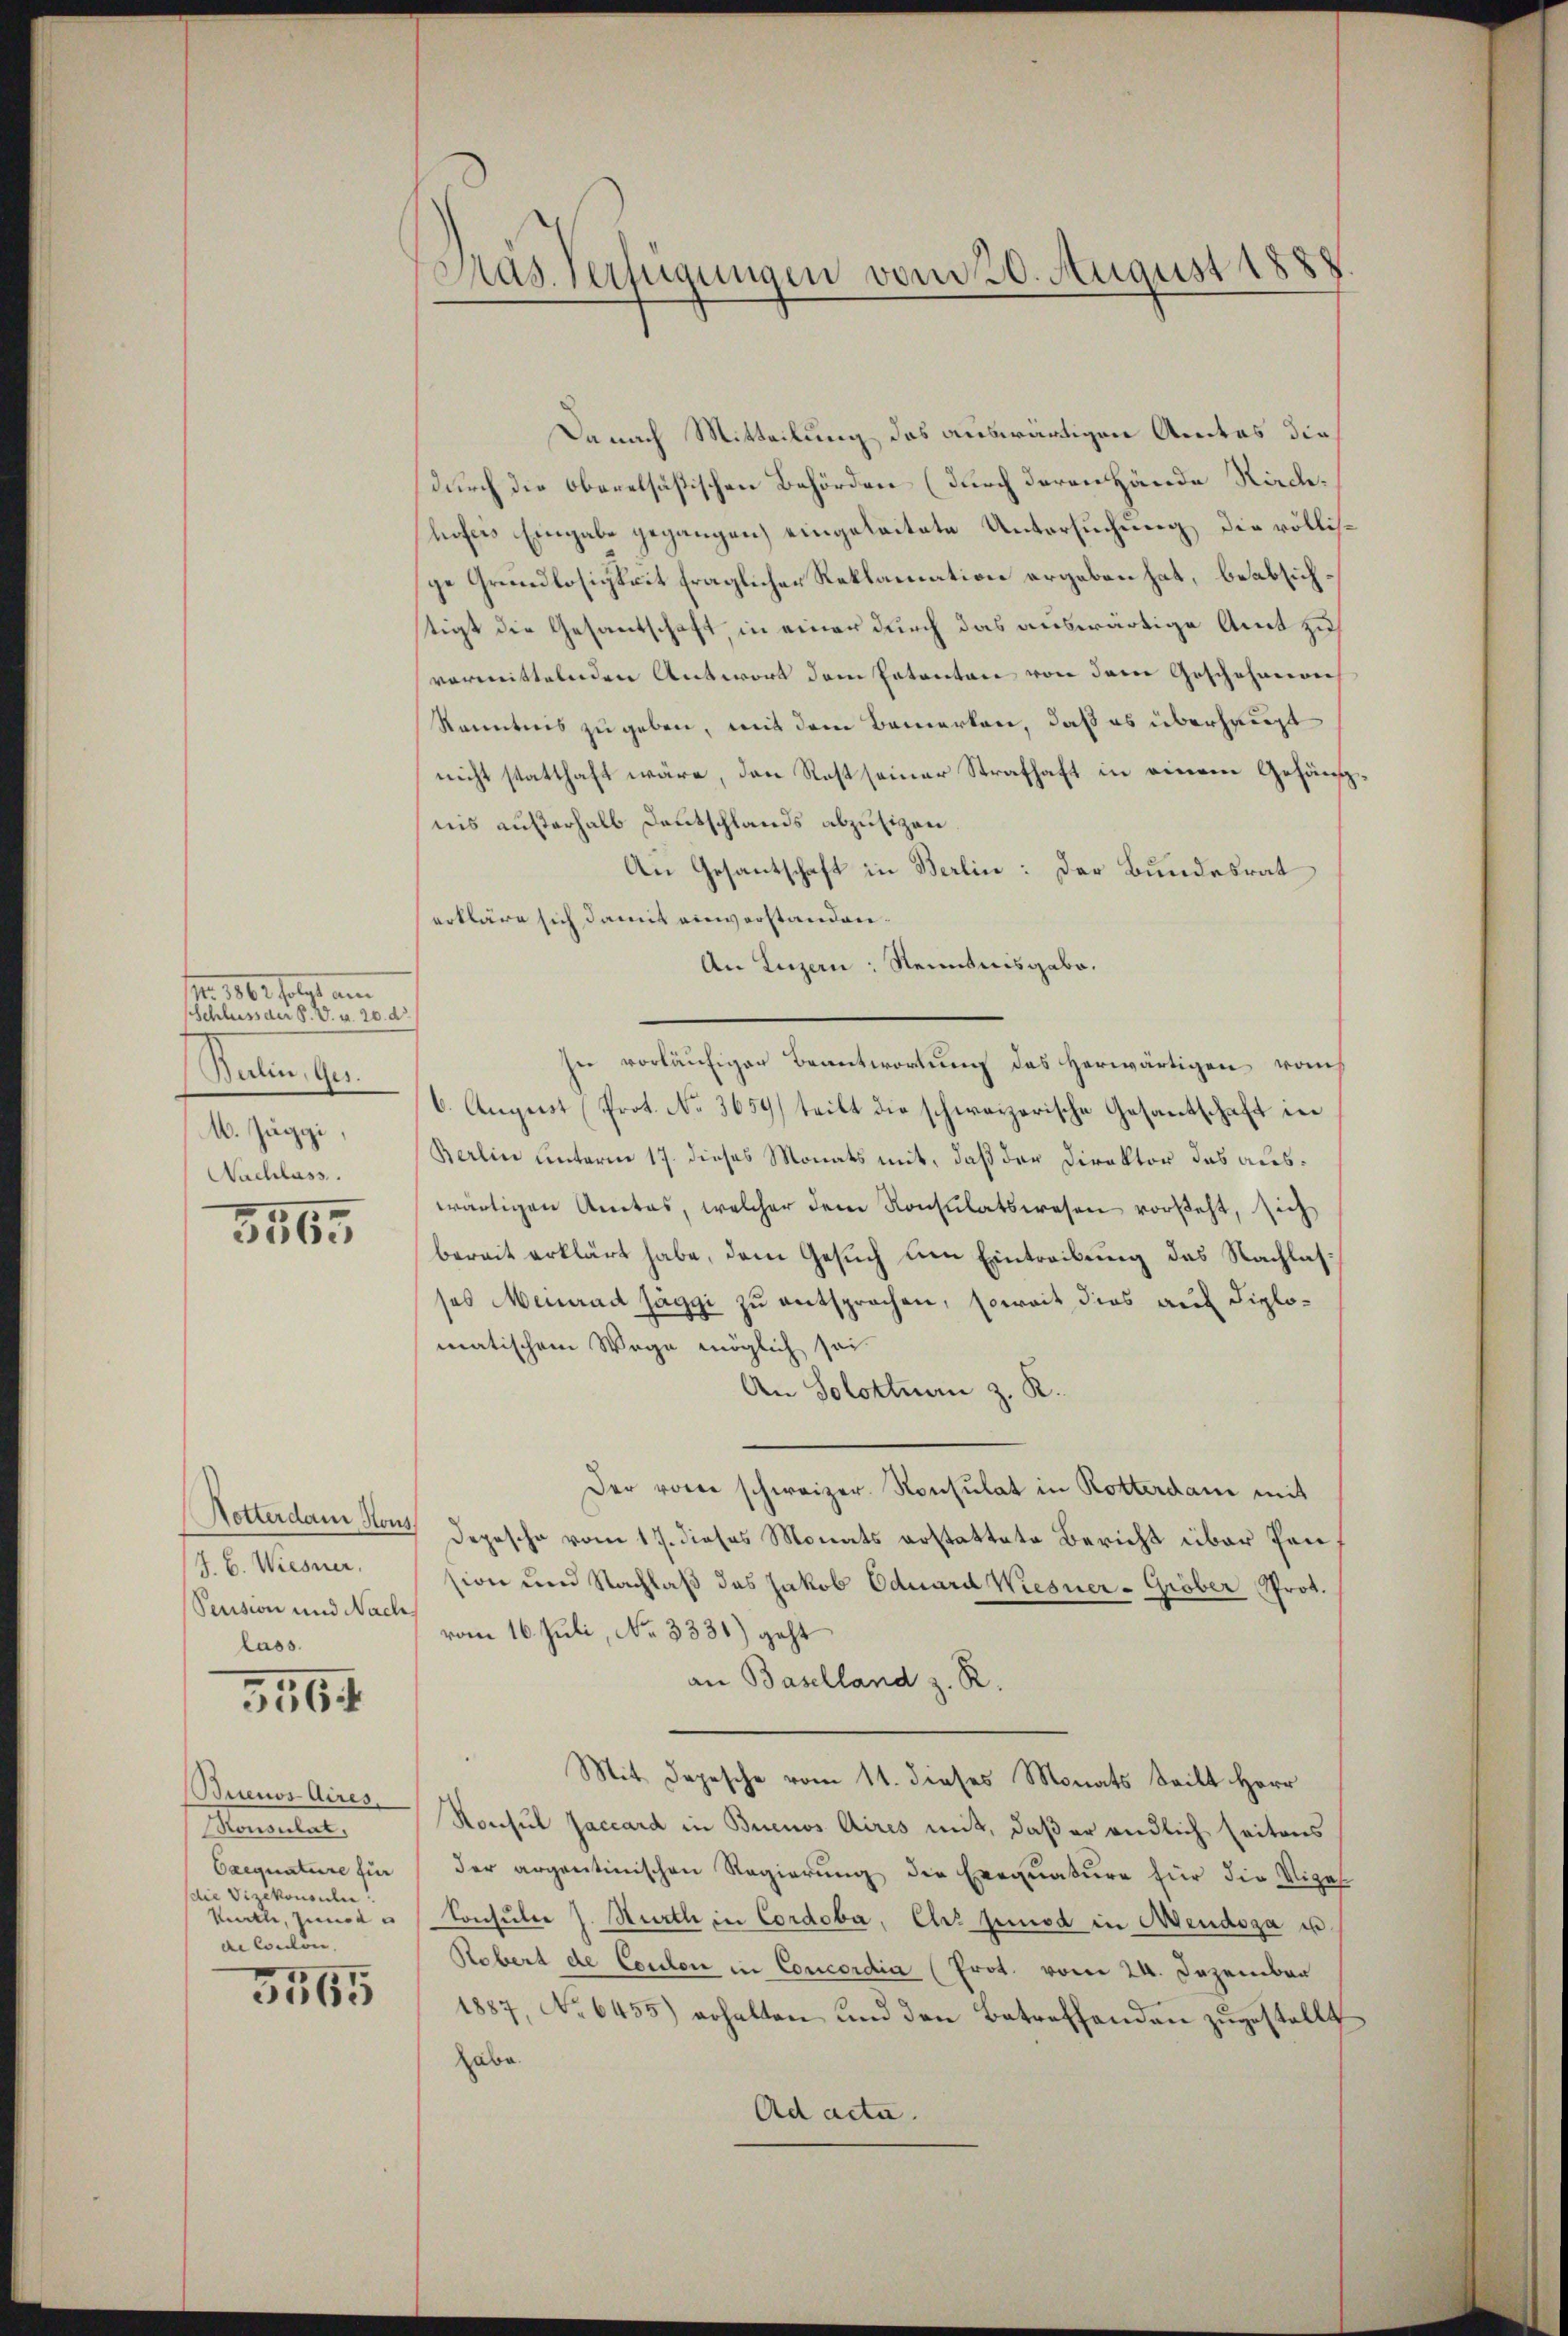
.

Balin. Ges.
M. Jäggi,
Nachlass.
5565

Notterdam Hous
J. C. Wiesner.
Pension und Nach
lass.

5564

Buenos Aires
Museuler,
Caequataire für
die Vizekonsulen!
Knolle, zum
di Condon.

3565

Pras. Verfügungen vom 20. August 1888

Danach Mitteilung des auswärtigen Amtes die
durch die Oberelsästischen Behörden (durch deren Hände Riedhofers Eingabe gegangen) eingeleitete Untersuchung die völlisge Grundlosigkeit fraglicher Reklamation ergeben hat, beabsichtigt die Gesantschaft, in einer durch das auswärtige Amt zu
vermittelnden Antwort dem Patenten von dem Geschehenen
kanntnis zu geben, mit dem Bemerken, daß es überhaupt
nicht statthaft wäre, den Rost seiner Strafhaft in einem Gefängnis austerhalb Deutschlands abzusizen.
An Gesantschaft in Berlin: Der Bundesrat
erkläre sich damit einverstanden¬
An Luzern: Renntnisgabe.
In vorläufigen Beantwortung des Herwärtigen vom
6. August (Prot. No. 3659) teilt die schweizerische Gesantschaft in
Berlin unterm 17. dieses Monats mit, daß der Direktor das auswärtigen Amtes, welcher dem Konsulatswesen vorsteht, sich
bereit erklärt habe, dem Gesuch um Eintreibung des Nachlasses Meinrad Jäggi zu entsprochen, soweit dies auf Fiplomatischem Wege möglich sei.
An Solothurn z. R.
Der vorer schweizer. Konsulat in Rotterdame mit
 Depesche vom 17. dieses Monats erstattete Bericht über Pension und Nachlaß des Jakob Oduard Wiesner-Gröber Prot.
vom 16. Juli, No. 3331) geht
an Baselland z. R.
Mit Depesche vom 11. dieses Monats Seilt Herr
Ronsul Jaccard in Buenos Aires mit, daß er endlich seitens
der argentinischen Regierŭng die Exequature für die Nies
Consulte J. Stürth in Cordoba, Ehrs hinsd in Mendoza u.
Robert de Coulon in Concordia (Prot. vom 24. Dezember
1887, No 6455) erhalten und den Betreffenden zugestellt
habe.
Ad acta.